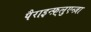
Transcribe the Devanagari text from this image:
पैराइन्फ़्लुएन्ज़ा